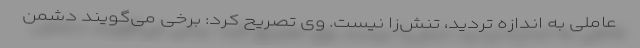
عاملی به اندازه تردید، تنش‌زا نیست. وی تصریح کرد: برخی می‌گویند دشمن